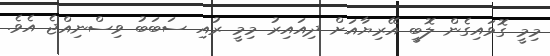
މިމީ ގޮވައިގެން ލޮބީ އޭރިޔާއަށް ދިއައިރު މިމީ ރުއި ސަބަބު ވިސްނިއްޖެ އެވެ.